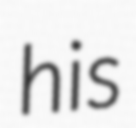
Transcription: his